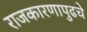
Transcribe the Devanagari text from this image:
राजकारणापुढचे